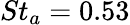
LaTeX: St_{a}=0.53